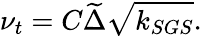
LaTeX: \nu_{t}=C\widetilde{\Delta}\sqrt{k_{SGS}}.